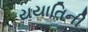
યયાતિની